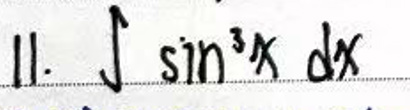
\(11.\int\sin^{3}x\ dx\)